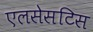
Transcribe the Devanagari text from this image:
एलसेसटिस